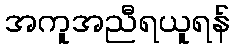
အကူအညီရယူရန်